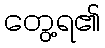
တွေ့ရ၏